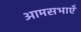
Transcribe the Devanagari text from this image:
आमसभाएँ